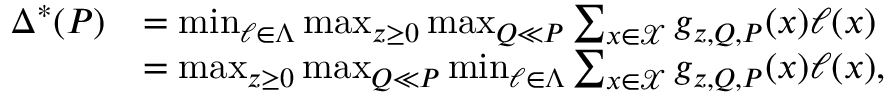
\begin{array} { r l } { \Delta ^ { * } ( P ) } & { = \operatorname* { m i n } _ { \ell \in \Lambda } \operatorname* { m a x } _ { z \geq 0 } \operatorname* { m a x } _ { Q \ll P } \sum _ { x \in \mathcal { X } } g _ { z , Q , P } ( x ) \ell ( x ) } \\ & { = \operatorname* { m a x } _ { z \geq 0 } \operatorname* { m a x } _ { Q \ll P } \operatorname* { m i n } _ { \ell \in \Lambda } \sum _ { x \in \mathcal { X } } g _ { z , Q , P } ( x ) \ell ( x ) , } \end{array}